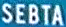
SEBTA